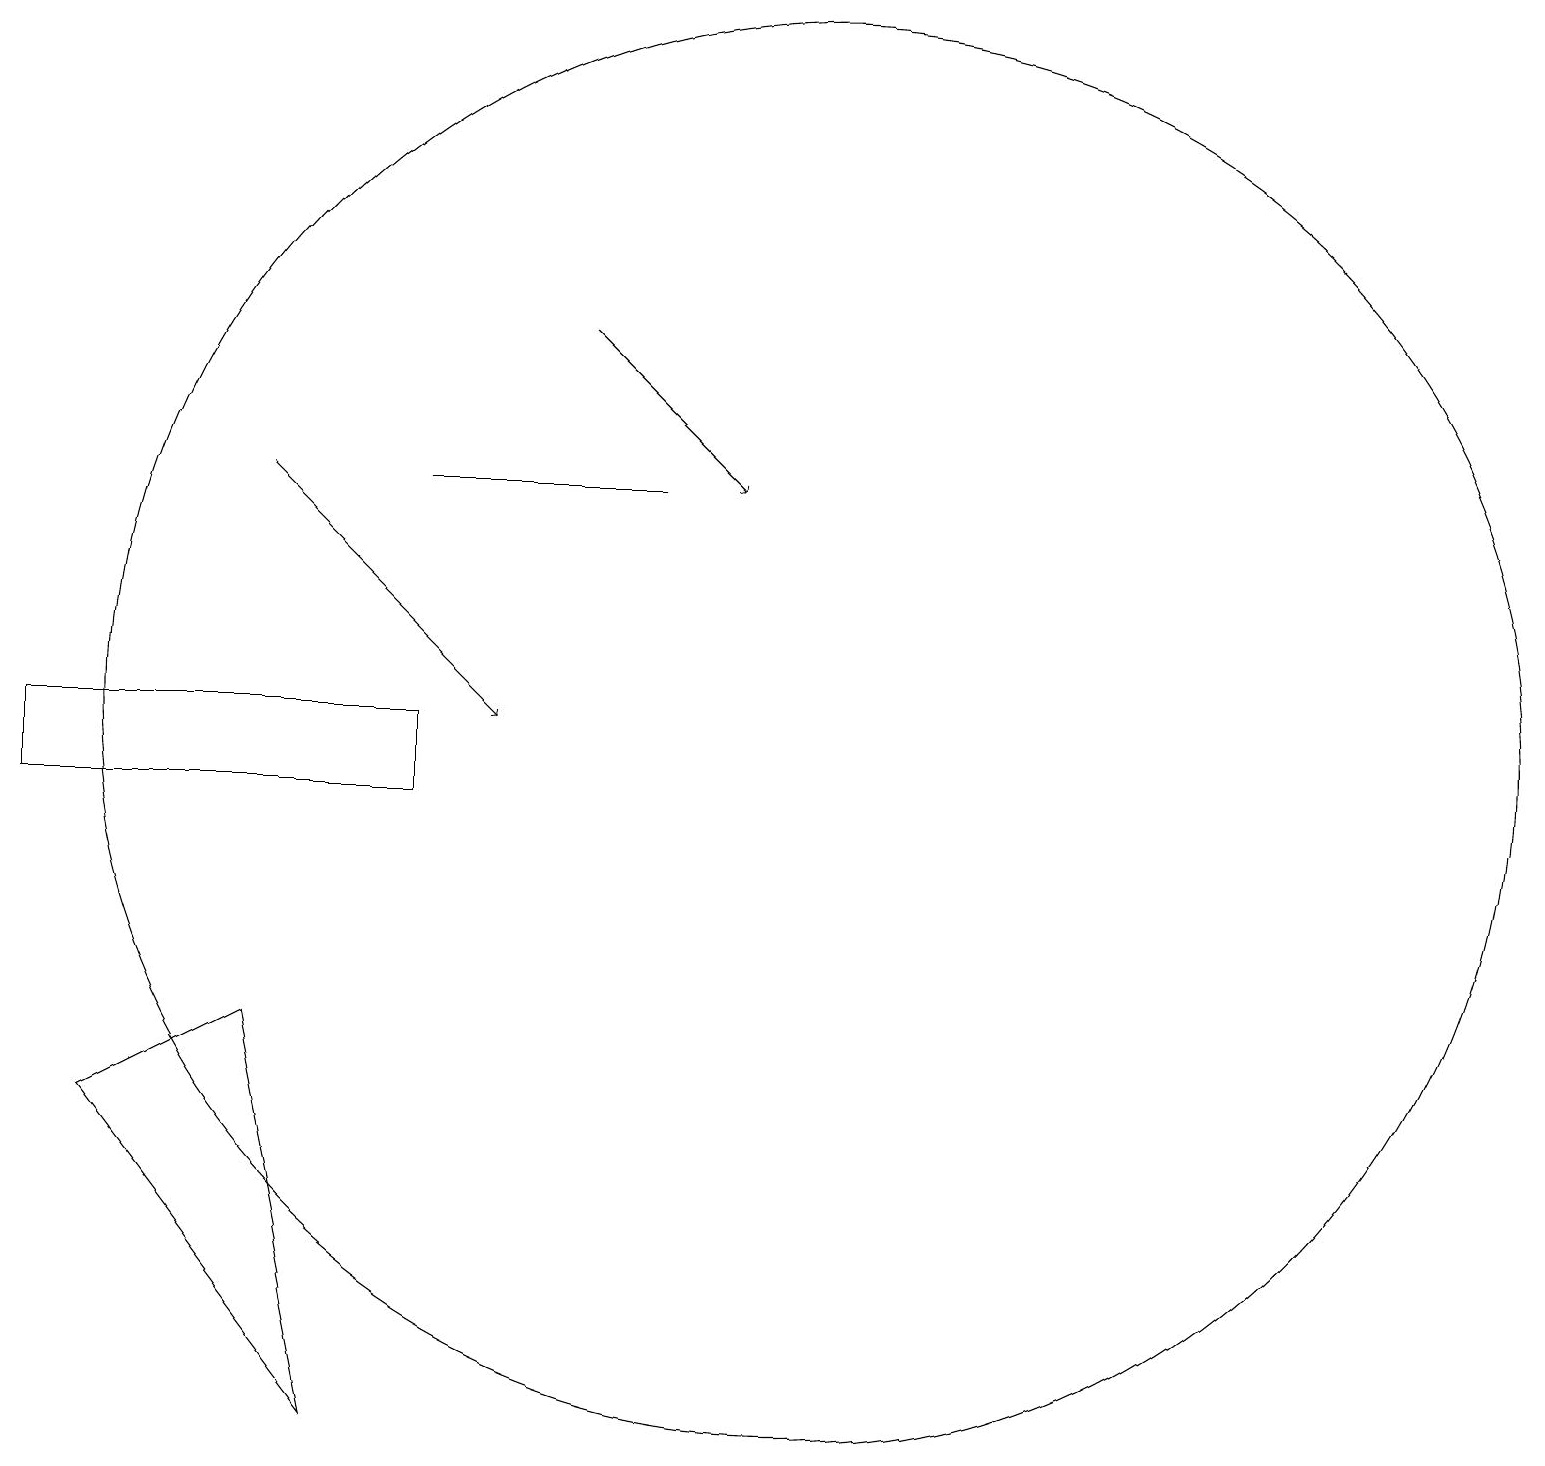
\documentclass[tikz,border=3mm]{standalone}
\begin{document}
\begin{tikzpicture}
\draw (3,8) -- (1,7) -- (4,3) -- cycle;
\draw (10,12) circle (9);
\draw (8,15) rectangle (5,15);
\draw (0,12) rectangle (5,11);
\draw[->] (7,17) -- (9,15);
\draw[->] (3,15) -- (6,12);
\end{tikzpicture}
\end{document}